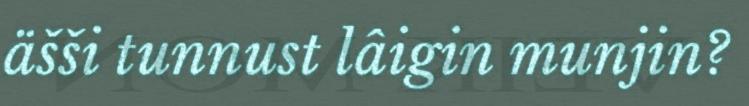
äšši tunnust lâigin munjin?